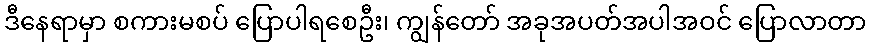
ဒီနေရာမှာ စကားမစပ် ပြောပါရစေဦး၊ ကျွန်တော် အခုအပတ်အပါအဝင် ပြောလာတာ